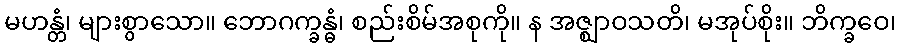
မဟန္တံ၊ များစွာသော။ ဘောဂက္ခန္ဓံ၊ စည်းစိမ်အစုကို။ န အဇ္ဈာဝသတိ၊ မအုပ်စိုး။ ဘိက္ခဝေ၊